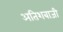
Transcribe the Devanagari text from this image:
अतिशबाजी